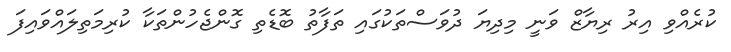
ކުރެއްވި އިރު ރިޔާޒް ވަނީ މިދިޔަ ދުވަސްތަކުގައި ތަފާތު ބޮޑެތި ގޮންޖެހުންތަކާ ކުރިމަތިލައްވައިފަ